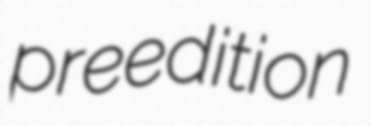
preedition